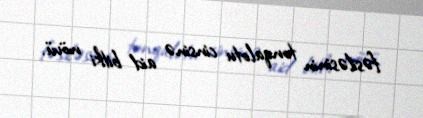
fəsiləsinin tonqalotu cinsinə aid bitki növü.